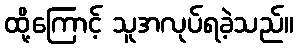
ထို့ကြောင့် သူအလုပ်ရခဲ့သည်။